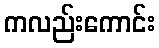
ကလည်းကောင်း